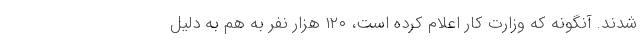
شدند. آنگونه که وزارت کار اعلام کرده است، ۱۲۰ هزار نفر به هم به دلیل